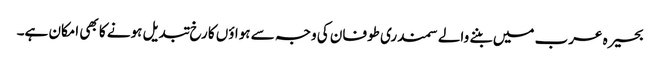
بحیرہ عرب میں بننے والے سمندری طوفان کی وجہ سے ہواؤں کا رخ تبدیل ہونے کا بھی امکان ہے۔